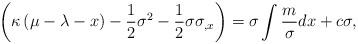
LaTeX: \begin{align*}\left( \kappa \left( \mu -\lambda -x\right) -\frac{1}{2}\sigma ^{2}-\frac{1}{2}\sigma \sigma _{,x}\right) =\sigma \int \frac{m}{\sigma }dx+c\sigma,\end{align*}